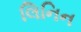
લિનિન